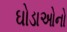
ઘોડાઓનો